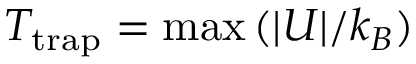
T _ { \mathrm { t r a p } } = \operatorname* { m a x } { ( | U | / k _ { B } ) }